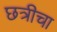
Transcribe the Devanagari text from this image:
छत्रीचा